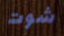
شوت